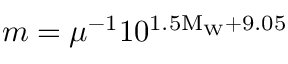
m = \mu ^ { - 1 } 1 0 ^ { 1 . 5 \mathrm { M _ { W } } + 9 . 0 5 }